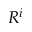
R ^ { i }